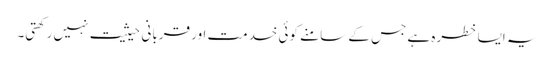
یہ ایسا خطرہ ہے جس کے سامنے کوئی خدمت اور قربانی حیثیت نہیں رکھتی۔